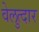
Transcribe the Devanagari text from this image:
वेलुत्दार